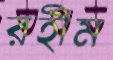
রহীম